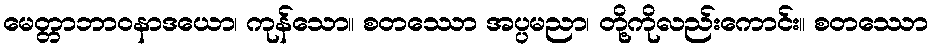
မေတ္တာဘာဝနာဒယော၊ ကုန်သော။ စတဿော အပ္ပမညာ၊ တို့ကိုလည်းကောင်း။ စတဿော